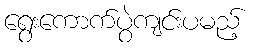
ရွေးကောက်ပွဲကျင်းပမည့်